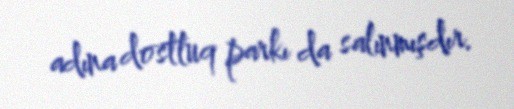
adına dostluq parkı da salınmışdır.